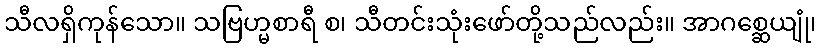
သီလရှိကုန်သော။ သဗြဟ္မစာရီ စ၊ သီတင်းသုံးဖော်တို့သည်လည်း။ အာဂစ္ဆေယျုံ၊